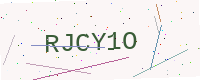
Text: RJCY1O